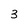
Character: 3